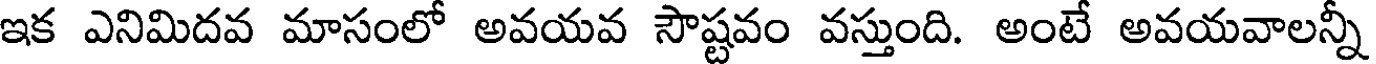
ఇక ఎనిమిదవ మాసంలో అవయవ సౌష్టవం వస్తుంది. అంటే అవయవాలన్నీ